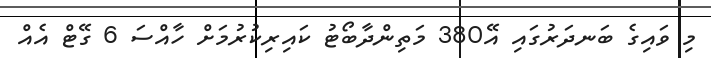
މި ވައިގެ ބަނދަރުގައި އޭ380 މަތިންދާބޯޓު ކައިރިކުރުމަށް ހާއްސަ 6 ގޭޓް އެއް